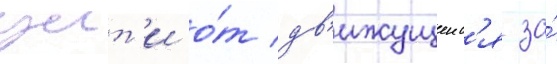
уит'и о́т дв'ижущеис'я за́